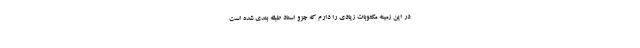
در این زمینه مکتوبات زیادی را دارم که جزو اسناد طبقه بندی شده است